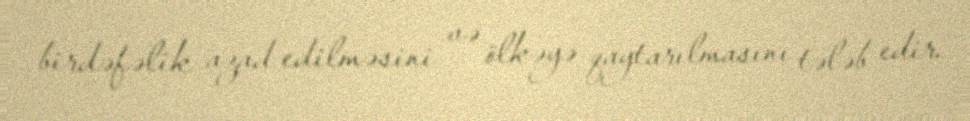
birdəfəlik azad edilməsini və ölkəyə qaytarılmasını tələb edir.